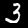
Digit: 3